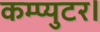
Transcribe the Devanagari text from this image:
कम्प्युटर।